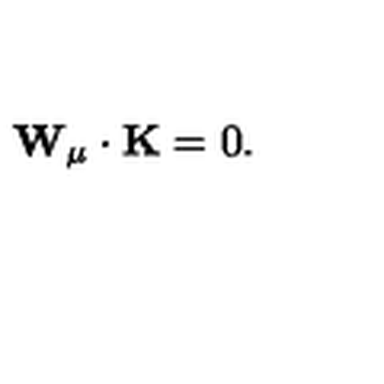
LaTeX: { \bf W } _ { \mu } \cdot { \bf K } = 0 .